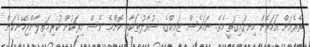
ތެރެއަށް އަހަރެން ހިނގައިގަތީމެވެ. ނަމަވެސް ޒައިކްގެ ސުވާލުތަކާއި ކޮންމެ ވެސް އިރަކުން ކުރިމަތިލާންޖެހޭނެކަން